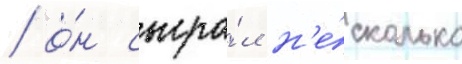
/ о́н сыгра́л н'е́сколько